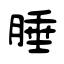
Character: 腄